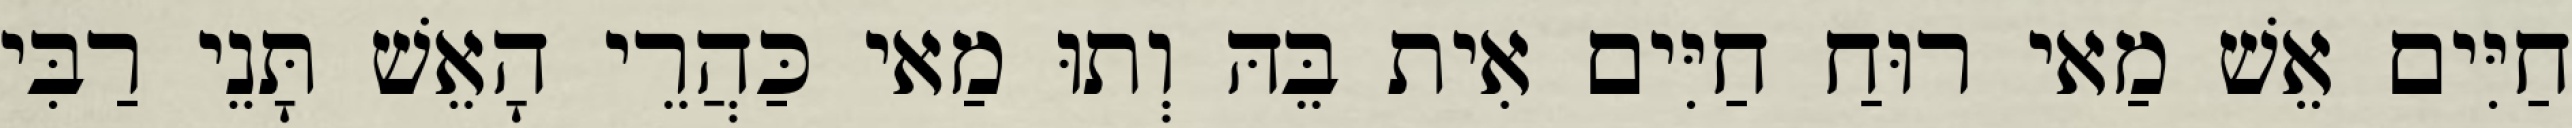
חַיִּים אֵשׁ מַאי רוּחַ חַיִּים אִית בֵּהּ וְתוּ מַאי כַּהֲרֵי הָאֵשׁ תָּנֵי רַבִּי